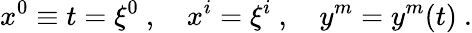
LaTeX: x^{0}\equiv t=\xi^{0}\ ,\quad x^{i}=\xi^{i}\ ,\quad y^{m}=y^{m}(t)\ .